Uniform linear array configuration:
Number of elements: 4
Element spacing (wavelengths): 0.75
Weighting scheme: uniform
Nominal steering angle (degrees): -45
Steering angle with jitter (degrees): -44.359
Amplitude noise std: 0.05
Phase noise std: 0.05

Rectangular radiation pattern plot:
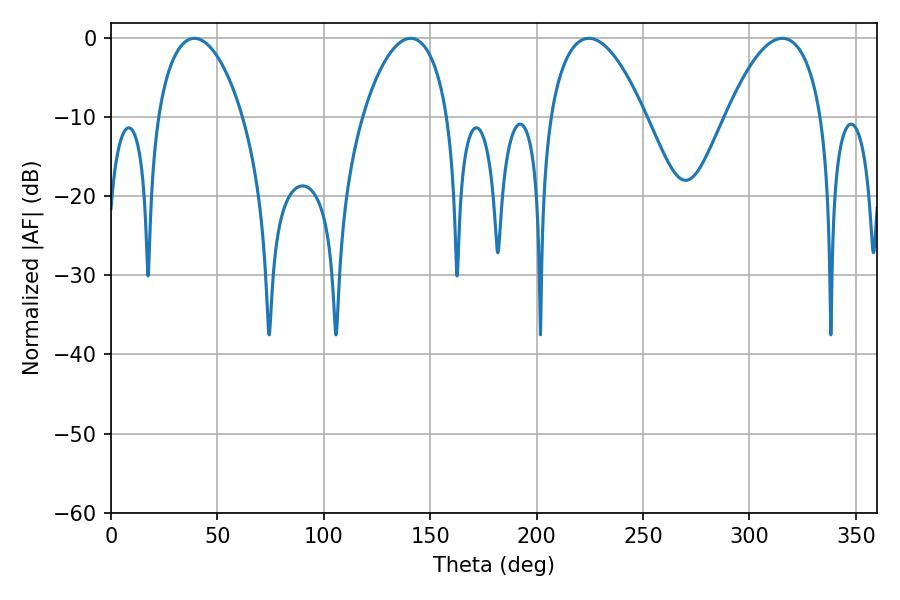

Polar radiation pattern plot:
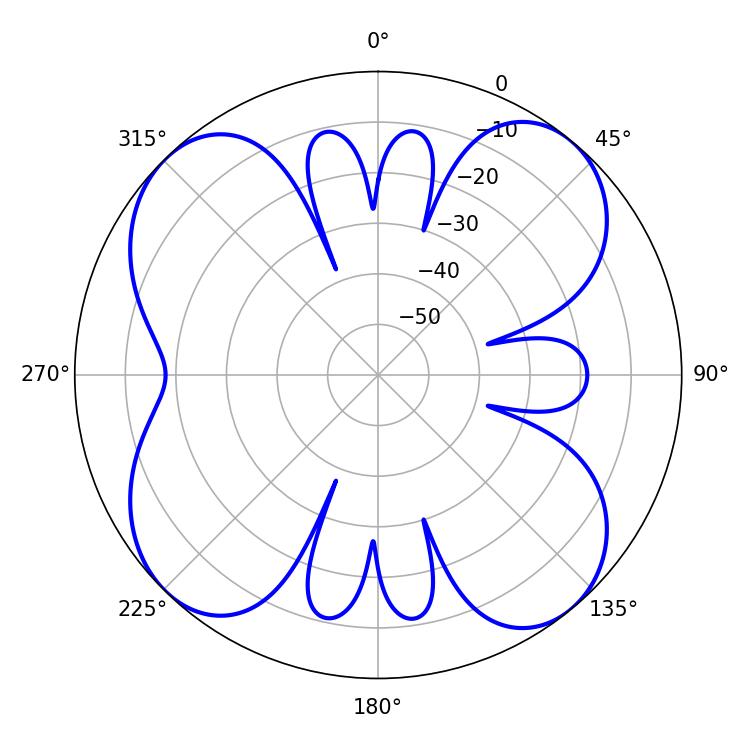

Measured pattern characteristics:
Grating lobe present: TRUE
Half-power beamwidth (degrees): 22.68
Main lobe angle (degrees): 39.24